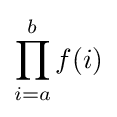
\prod _{i=a}^{b}f(i)